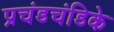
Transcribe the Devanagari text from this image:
प्रचंडचंडिके